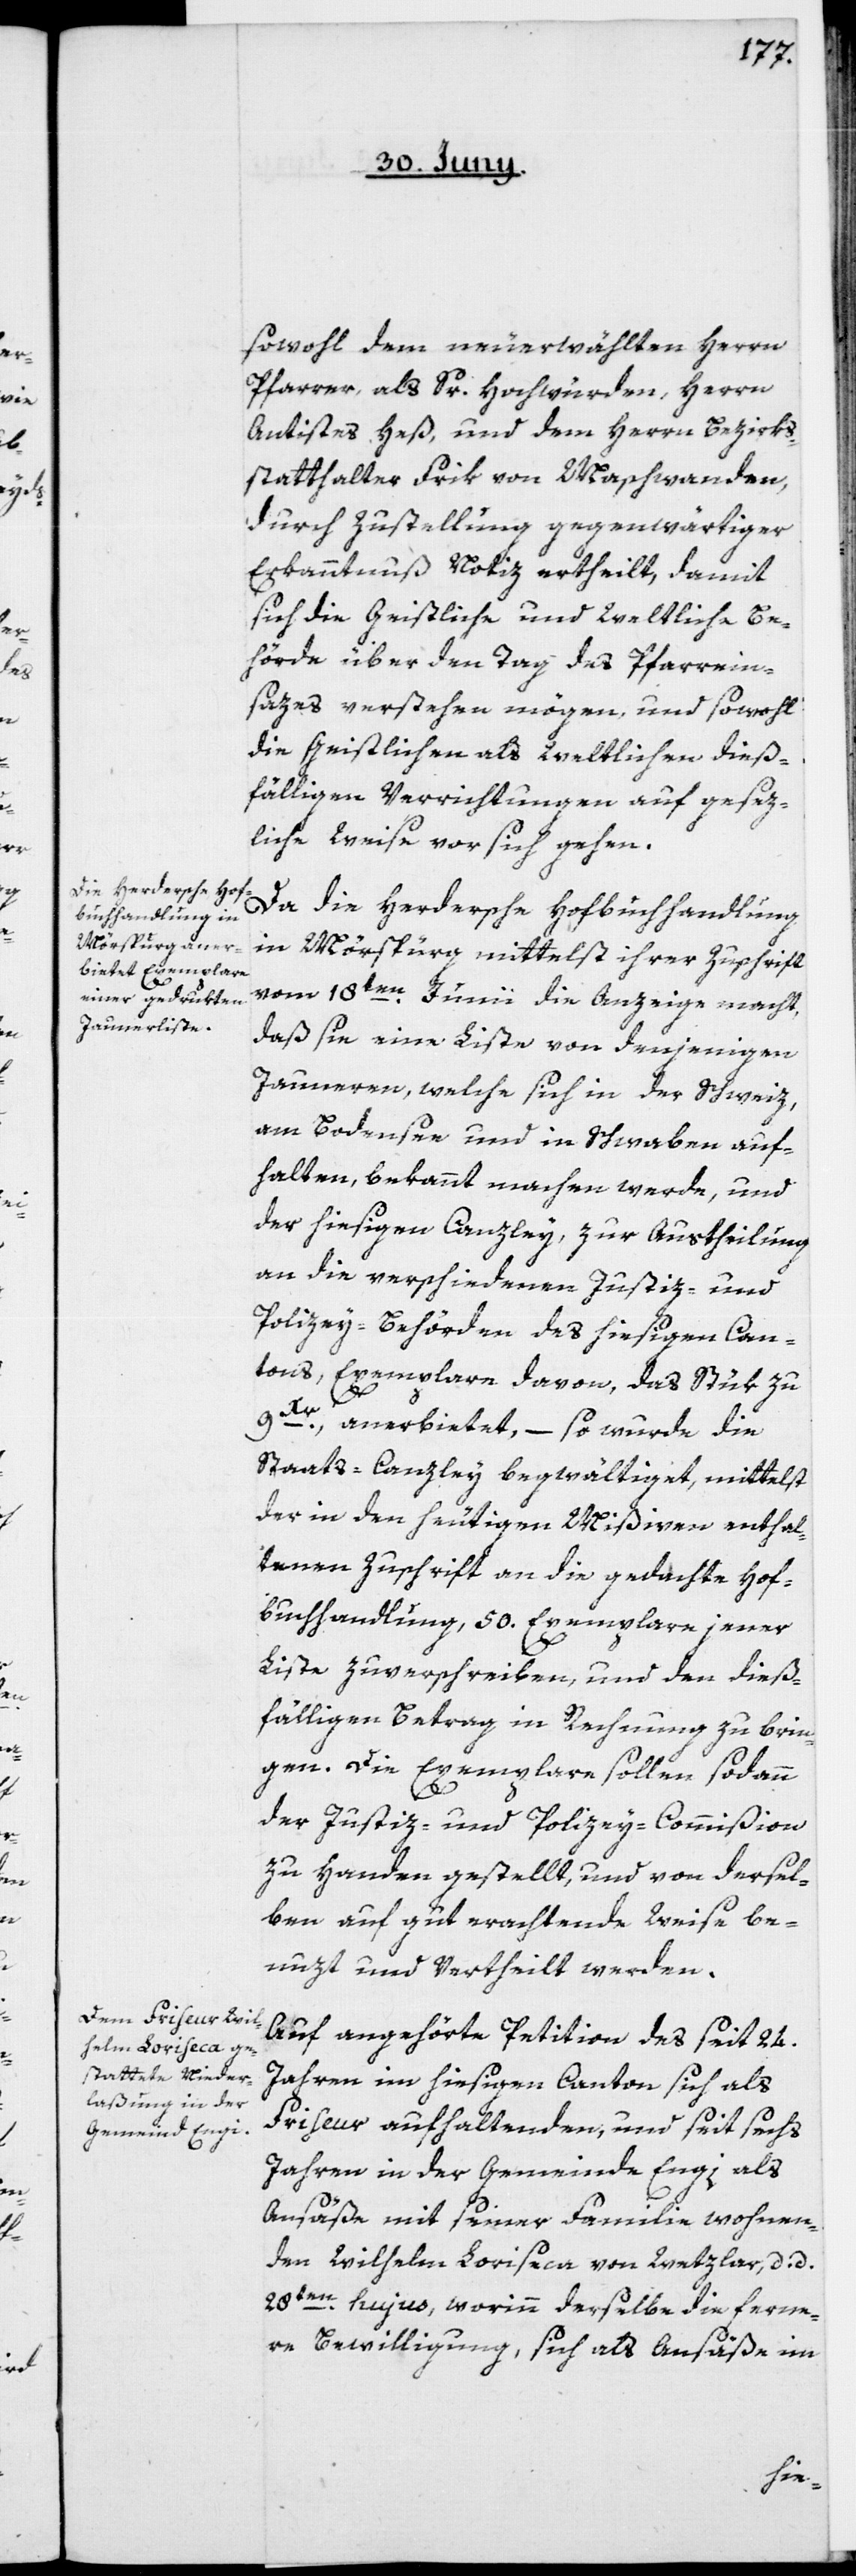
sowohl dem neuerwählten Herrn
Pfarrer, als Sr. Hochwürden Herrn
Antistes Heß, und dem Herrn Bezirks¬
statthalter Frik von Maschwanden,
durch Zustellung gegenwärtiger
Erkanntnuß Notiz ertheilt, damit
sich die Geistliche und Weltliche Be¬
hörde über den Tag des Pfarrein¬
sazes verstehen mögen, und sowohl
die Geistlichen als Weltlichen dieß¬
fälligen Verrichtungen auf gesez¬
liche Weise vor sich gehen.
Da die Herdersche Hofbuchhandlung
in Mörspurg mittelst ihrer Zuschrift
vom 18ten Junii die Anzeige macht,
daß sie eine Liste von denjenigen
Jauneren, welche sich in der Schweiz,
am Bodensee und in Schwaben auf¬
halten, bekannt machen werde, und
der hiesigen Canzley zur Austheilung
an die verschiedenen Justiz- und
Polizey-Behörden des hiesigen Can¬
tons, Exemplare davon, das Stük zu
9Kr. anerbietet, – so wurde die
Staats-Canzley begwältiget, mittelst
der in den heutigen Mißiven enthal¬
tenen Zuschrift an die gedachte Hof¬
buchhandlung 50. Exemplare jener
Liste zu verschreiben, und den dieß¬
fälligen Betrag in Rechnung zu brin¬
gen. Die Exemplare sollen sodann
der Justiz- und Polizey-Commißion
zu Handen gestellt, und von dersel¬
ben auf gut erachtende Weise be¬
nuzt und vertheilt werden.
Auf angehörte Petiton des seit 24.
Jahren in hiesigen Canton sich als
Friseur aufhaltenden, und seit sechs
Jahren in der Gemeinde Engi als
Ansäße mit seiner Familie wohnen¬
den Wilhelm Loriseca von Wetzlar, d. d.
28ten hujus, worinn derselbe die ferne¬
re Bewilligung, sich als Ansäße im